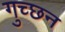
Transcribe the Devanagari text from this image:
गुच्छन